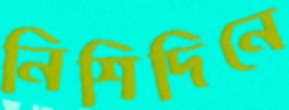
নিশিদিনে